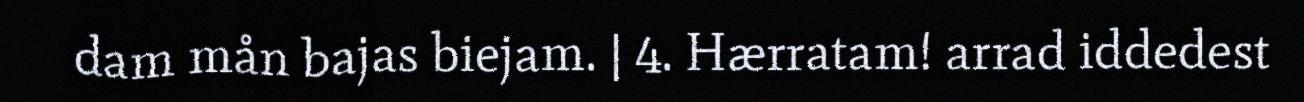
dam mån bajas biejam. | 4. Hærratam! arrad iddedest